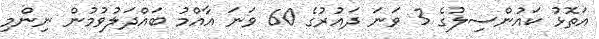
އަތޮޅު ކައުންސިލުގެ 3 ވަނަ ދައުރުގެ 60 ވަނަ އާއްމު ބައްދަލުވުމުން ނިންމި